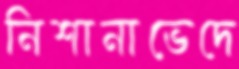
নিশানাভেদে